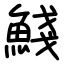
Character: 䱠